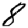
Digit: 8